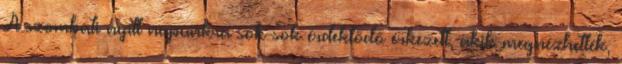
A szombati nyílt napunkra sok-sok érdeklődő érkezett, akik megnézhették,